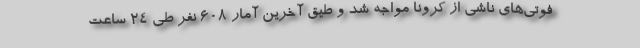
فوتی‌های ناشی از کرونا مواجه شد و طیق آخرین آمار ۶۰۸ نفر طی ۲۴ ساعت